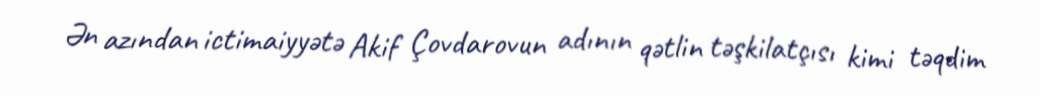
Ən azından ictimaiyyətə Akif Çovdarovun adının qətlin təşkilatçısı kimi təqdim